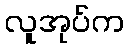
လူအုပ်က